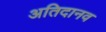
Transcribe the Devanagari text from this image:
अतिदानव